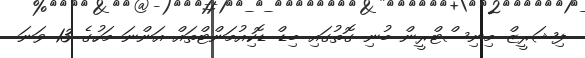
ފިޝަރީޒް މިނިސްޓްރީން ބުނި ގޮތުގައި ބިޑް ޑޮކިއުމަންޓްތައް އަންނަ މަހުގެ 13 ވަނަ